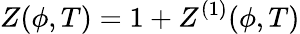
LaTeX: Z(\phi,T)=1+Z^{(1)}(\phi,T)